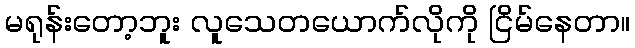
မရုန်းတော့ဘူး လူသေတယောက်လိုကို ငြိမ်နေတာ။